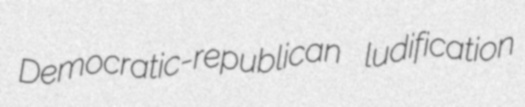
Democratic-republican ludification